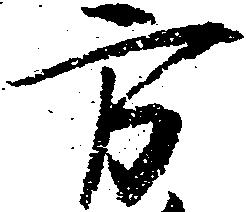
方